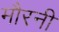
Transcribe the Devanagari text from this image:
मौरनी